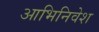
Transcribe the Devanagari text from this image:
आभिनिवेश